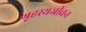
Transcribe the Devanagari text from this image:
गृहस्थजीवन